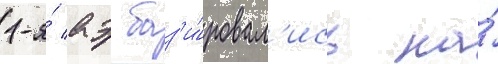
1-я́ аэ баз'и́ровал'ись на́